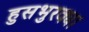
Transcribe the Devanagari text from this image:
हुसभुरक्या